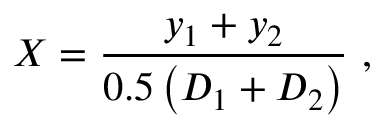
X = \frac { y _ { 1 } + y _ { 2 } } { 0 . 5 \left( D _ { 1 } + D _ { 2 } \right) } \mathrm { ~ , ~ }